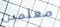
معلمين